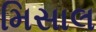
મિસાલ